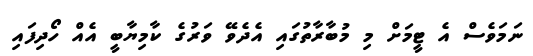
ނަމަވެސް އެ ޓީމަށް މި މުބާރާތުގައި އެދެވޭ ވަރުގެ ކާމިޔާބީ އެއް ހޯދިފައި